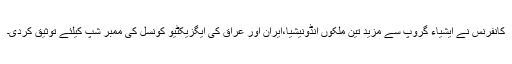
کانفرنس نے ایشیاء گروپ سے مزید تین ملکوں انڈونیشیا،ایران اور عراق کی ایگزیکٹیو کونسل کی ممبر شپ کیلئے توثیق کردی۔